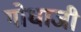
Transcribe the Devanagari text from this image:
गोधाजी